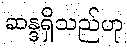
ဆန္ဒရှိသည်ဟု